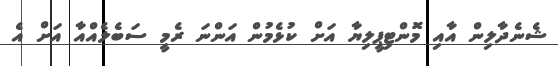
ޝެނެދާލިން އާއި މޮންޓިޕީލިޔާ އަށް ކުޅެމުން އަންނަ ރެމީ ސަބެލެއްއާ އަށް އެ